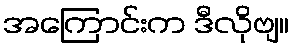
အကြောင်းက ဒီလိုဗျ။